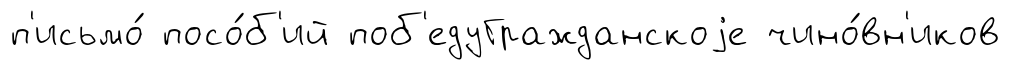
п'исьмо́ посо́б'ий поб'едуГражданскоjе чино́вн'иков